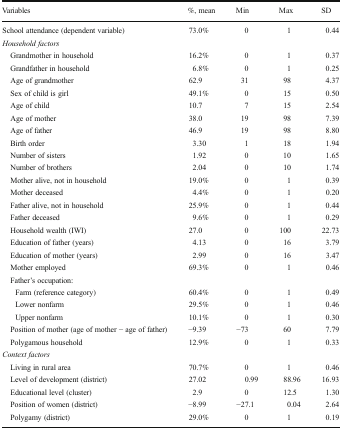
| Variables | %, mean | Min | Max | SD |
 | --- | --- | --- | --- | --- |
 | School attendance (dependent variable) | 73.0% | 0 | 1 | 0.44 |
 | <COLSPAN=5> Household factors |
 | Grandmother in household | 16.2% | 0 | 1 | 0.37 |
 | Grandfather in household | 6.8% | 0 | 1 | 0.25 |
 | Age of grandmother | 62.9 | 31 | 98 | 4.37 |
 | Sex of child is girl | 49.1% | 0 | 15 | 0.50 |
 | Age of child | 10.7 | 7 | 15 | 2.54 |
 | Age of mother | 38.0 | 19 | 98 | 7.39 |
 | Age of father | 46.9 | 19 | 98 | 8.80 |
 | Birth order | 3.30 | 1 | 18 | 1.94 |
 | Number of sisters | 1.92 | 0 | 10 | 1.65 |
 | Number of brothers | 2.04 | 0 | 10 | 1.74 |
 | Mother alive, not in household | 19.0% | 0 | 1 | 0.39 |
 | Mother deceased | 4.4% | 0 | 1 | 0.20 |
 | Father alive, not in household | 25.9% | 0 | 1 | 0.44 |
 | Father deceased | 9.6% | 0 | 1 | 0.29 |
 | Household wealth (IWI) | 27.0 | 0 | 100 | 22.73 |
 | Education of father (years) | 4.13 | 0 | 16 | 3.79 |
 | Education of mother (years) | 2.99 | 0 | 16 | 3.47 |
 | Mother employed | 69.3% | 0 | 1 | 0.46 |
 | <COLSPAN=5> Father’s occupation: |
 | Farm (reference category) | 60.4% | 0 | 1 | 0.49 |
 | Lower nonfarm | 29.5% | 0 | 1 | 0.46 |
 | Upper nonfarm | 10.1% | 0 | 1 | 0.30 |
 | Position of mother (age of mother − age of father) | −9.39 | −73 | 60 | 7.79 |
 | Polygamous household | 12.9% | 0 | 1 | 0.33 |
 | <COLSPAN=5> Context factors |
 | Living in rural area | 70.7% | 0 | 1 | 0.46 |
 | Level of development (district) | 27.02 | 0.99 | 88.96 | 16.93 |
 | Educational level (cluster) | 2.9 | 0 | 12.5 | 1.30 |
 | Position of women (district) | −8.99 | −27.1 | 0.04 | 2.64 |
 | Polygamy (district) | 29.0% | 0 | 1 | 0.19 |